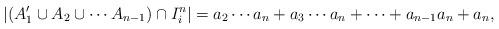
LaTeX: \begin{align*} \left|(A'_1 \cup A_2\cup \cdots A_{n-1}) \cap I^n_i\right| = a_2 \cdots a_n + a_3\cdots a_n+ \cdots + a_{n-1} a_n + a_n, \end{align*}